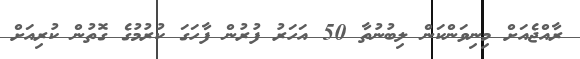
ރާއްޖެއަށް މިނިވަންކަން ލިބުނުތާ 50 އަހަރު ފުރުން ފާހަގަ ކުރުމުގެ ގޮތުން ކުރިއަށް